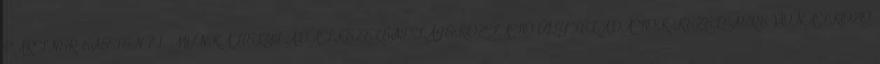
PARTNER ESETÉN 7.1. MUNKAHELYI ADATKEZELÉSI TÁJÉKOZTATÓ ÜGYFÉLADATOK KEZELÉSÉRE VONATKOZÓ